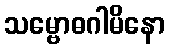
သမ္ဗောဓဂါမိနော